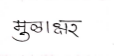
मजकूर: मुळाक्षर